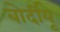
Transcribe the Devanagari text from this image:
बोर्दीयू